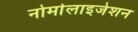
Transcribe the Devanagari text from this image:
नोर्मालाइजेशन